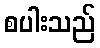
စပါးသည်